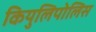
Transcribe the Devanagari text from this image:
कियुलिपोलिस